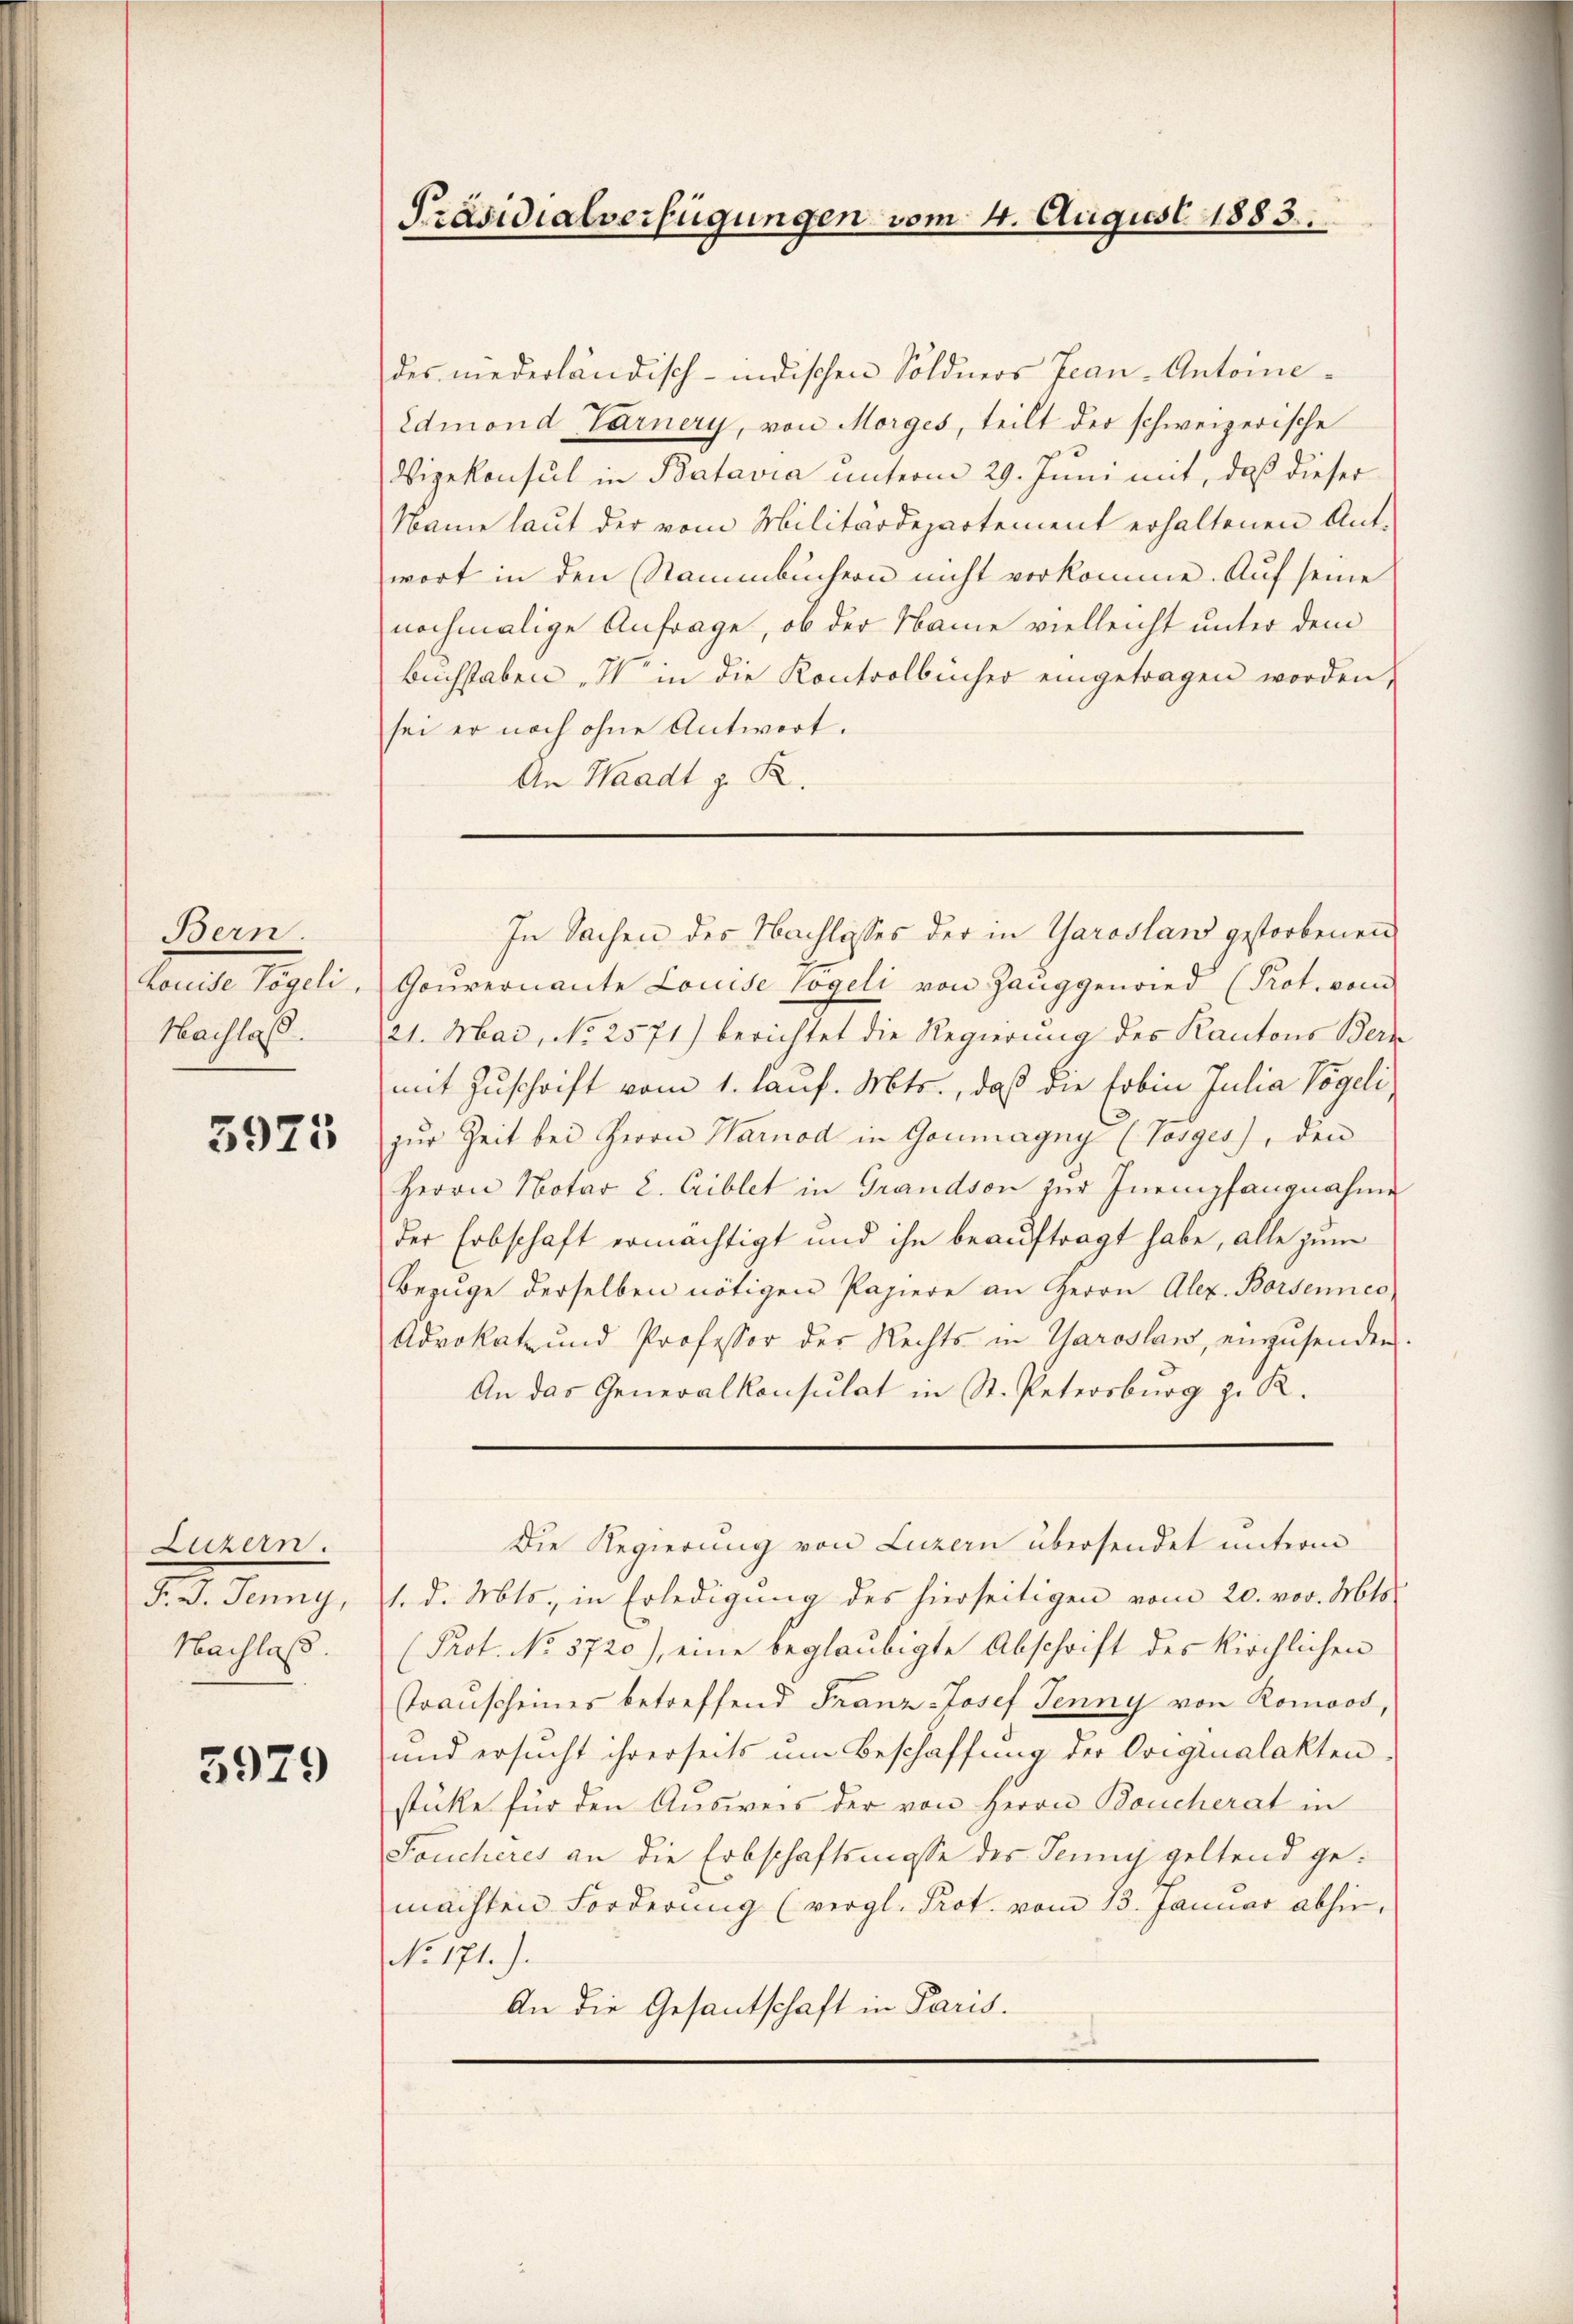
Bern
Louise Vögeli,
Nachlas.

3925

Luzern.
d. d. Meinung,
Nachlaß.

5929

Präsidialverfügungen vom 4. August 1883.

des niederländisch-indischen Söldners Fran-Antoine¬
Edmond Tarnery, von Morges, teilt der schweizerische
Vizekonsul in Batavia unterm 29. Juni mit, daß dieser
Name laut der vom Militärdepartement erhaltenen Antwort in den Stammbüchern nicht vorkomme. Auf seine
nochmalige Anfrage, ob der Name vielleicht unter dem
Buchstaben. Wo in die Kontrolbücher eingetragen worden,
sei er noch ohne Antwort.
An Waadt z. R.
Gouvernante Louise Vogeli von Hauggenried (Prot. vom
21. Mai, No 2571) berichtet die Regierung des Kantons Bern
mit Zuschrift vom 1. lauf. Mts., daß die Erbin Julia Vögeli,
zŭr Zeit bei Herrn Harnod in Goumagny (Vosges), den
Herrn Notar 2. Eiblet in Grandson zur Inempfangnahme
der Erbschaft ermächtigt und ihn beauftragt habe, alle zum
Bezŭge derselben nötigen Papiere an Herrn Alex. Börsennes
Advokat und Professor der Rechts in Garoslaw, einzŭsenden.
An das Generalkonsulat in St. Petersburg z. R.
Die Regierung von Luzern übersendet unterm
1. d. Mts., in Erledigung des hierseitigen vom 20. vor. Mts.
Prot. No. 3720), eine beglaubigte Abschrift des kirchlichen
Trauscheines betreffend Franz-Josef Jenny von Ronood,
und ersucht ihrerseits um Beschaffung der Originalaktenstüke für den Aŭsweis der von Herrn Boucherat in
Foucheres an die Erbschaftsmasse des Jenny geltend gemachten Forderung (vergl. Prot. vom 13. Januar abhin,
No. 171.).
An die Gesantschaft in Paris.

In Sachen des Nachlosses der in Garoslan gestorbenen